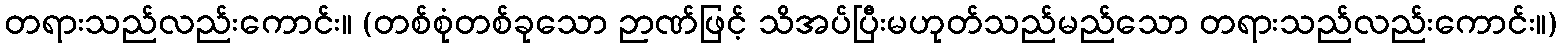
တရားသည်လည်းကောင်း။ (တစ်စုံတစ်ခုသော ဉာဏ်ဖြင့် သိအပ်ပြီးမဟုတ်သည်မည်သော တရားသည်လည်းကောင်း။)